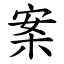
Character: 案